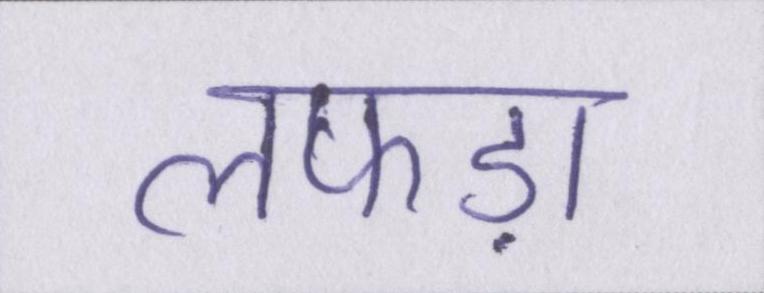
लफड़ा